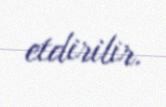
etdirilir.